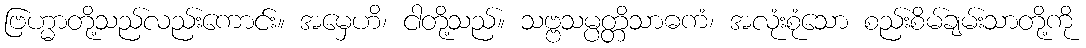
ဗြဟ္မာတို့သည်လည်းကောင်း။ အမှေဟိ၊ ငါတို့သည်။ သဗ္ဗသမ္ပတ္တိသာဓကံ၊ အလုံးစုံသော စည်းစိမ်ချမ်းသာတို့ကို